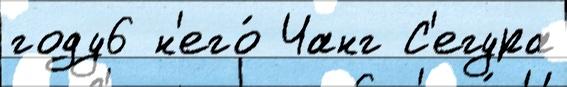
году6 н'его́ Чанг С'егура